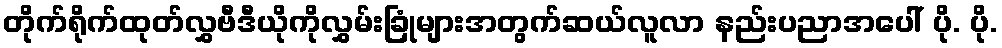
တိုက်ရိုက်ထုတ်လွှဗီဒီယိုကိုလွှမ်းခြုံများအတွက်ဆယ်လူလာ နည်းပညာအပေါ် ပို. ပို.